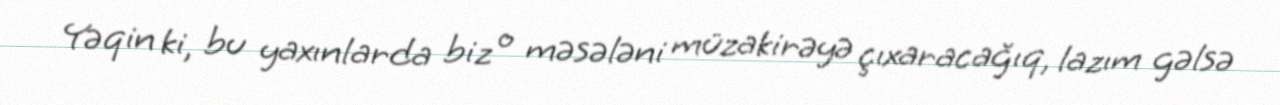
Yəqin ki, bu yaxınlarda biz o məsələni müzakirəyə çıxaracağıq, lazım gəlsə